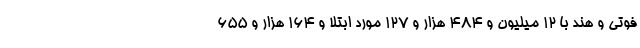
فوتی و هند با ۱۲ میلیون و ۴۸۴ هزار و ۱۲۷ مورد ابتلا و ۱۶۴ هزار و ۶۵۵